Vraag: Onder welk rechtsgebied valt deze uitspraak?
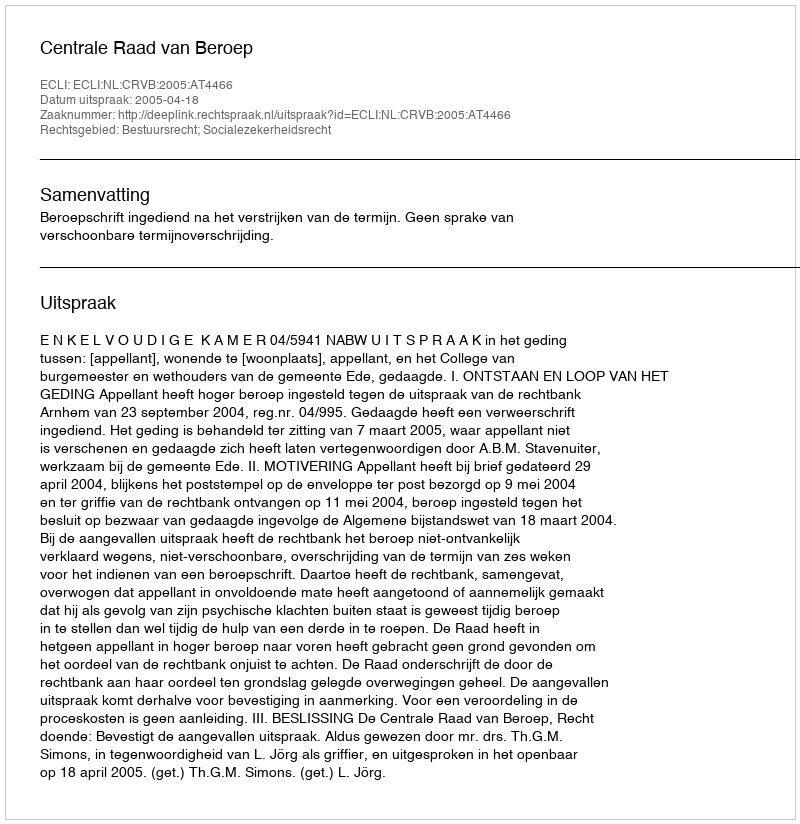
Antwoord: Bestuursrecht; Socialezekerheidsrecht